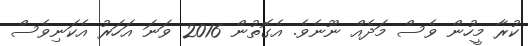
ކުރާ މީހުން ވެސް މަދެއް ނޫނެވެ. އެގޮތުން 2016 ވަނަ އަހަރު އެކަނިވެސް